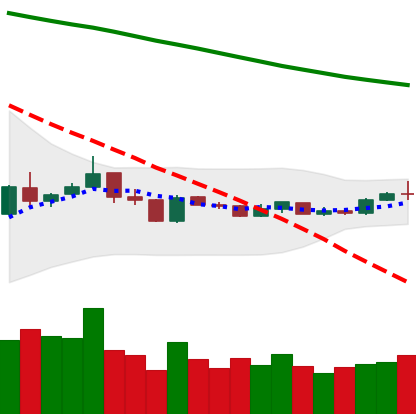
Ticker: XLM-USD
Chart end date: 2019-01-08
Forward return: -15.847%
Label: down_7plus